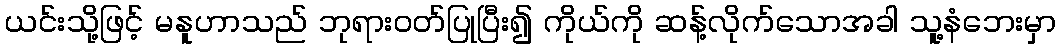
ယင်းသို့ဖြင့် မနူဟာသည် ဘုရားဝတ်ပြုပြီး၍ ကိုယ်ကို ဆန့်လိုက်သောအခါ သူ့နံဘေးမှာ